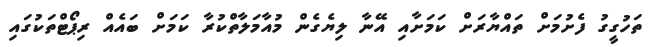
ތަހުގީގު ފެށުމަށް ތައްޔާރަށް ކަމަށާއި އޭނާ ލިޔެގެން މުއާމަލާތްކުރާ ކަމަށް ބައެއް ރިޕޯޓްތަކުގައި